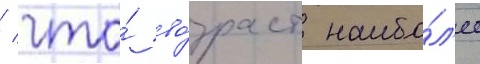
/ что́ во́зраст наибо́л'ее